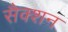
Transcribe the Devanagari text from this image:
सैक्शन